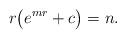
LaTeX: \begin{align*}r\bigl(e^{mr}+c\bigr)=n.\end{align*}